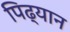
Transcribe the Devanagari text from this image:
पिढ्यान